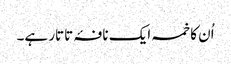
اُن کا خمسہ ایک نافۂ تاتار ہے۔